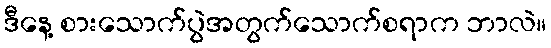
ဒီနေ့ စားသောက်ပွဲအတွက်သောက်စရာက ဘာလဲ။